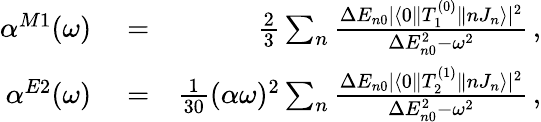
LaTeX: \begin{array}{rlr}{\alpha^{M1}(\omega)}&{{}=}&{\frac{2}{3}\sum_{n}\frac{\Delta E_{n0}|\langle 0\| T_{1}^{(0)}\| nJ_{n}\rangle|^{2}}{\Delta E_{n0}^{2}-\omega^{2}}\, ,}\\ {\alpha^{E2}(\omega)}&{{}=}&{\frac{1}{30}(\alpha\omega)^{2}\sum_{n}\frac{\Delta E_{n0}|\langle 0\| T_{2}^{(1)}\| nJ_{n}\rangle|^{2}}{\Delta E_{n0}^{2}-\omega^{2}}\, ,}\end{array}